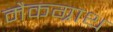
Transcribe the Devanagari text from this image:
मैकग्राथ